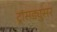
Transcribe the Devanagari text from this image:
ट्रांसड्युसर